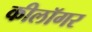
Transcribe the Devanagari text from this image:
कीलॉगर